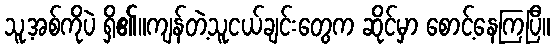
သူ့အစ်ကိုပဲ ရှိ၏။ကျန်တဲ့သူငယ်ချင်းတွေက ဆိုင်မှာ စောင့်နေကြပြီ။